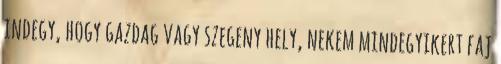
indegy, hogy gazdag vagy szegeny hely, nekem mindegyikert faj